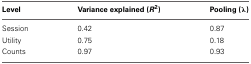
<table><thead><tr><td><b>Level</b></td><td><b>Variance explained (<i>R</i><sup>2</sup>)</b></td><td><b>Pooling (λ)</b></td></tr></thead><tbody><tr><td>Session</td><td>0.42</td><td>0.87</td></tr><tr><td>Utility</td><td>0.75</td><td>0.18</td></tr><tr><td>Counts</td><td>0.97</td><td>0.93</td></tr></tbody></table>